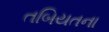
તબિયતના